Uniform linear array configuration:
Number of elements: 16
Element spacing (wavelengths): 1
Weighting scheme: cosine
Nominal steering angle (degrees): -15
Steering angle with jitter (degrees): -15.186
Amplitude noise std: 0.05
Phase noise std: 0.05

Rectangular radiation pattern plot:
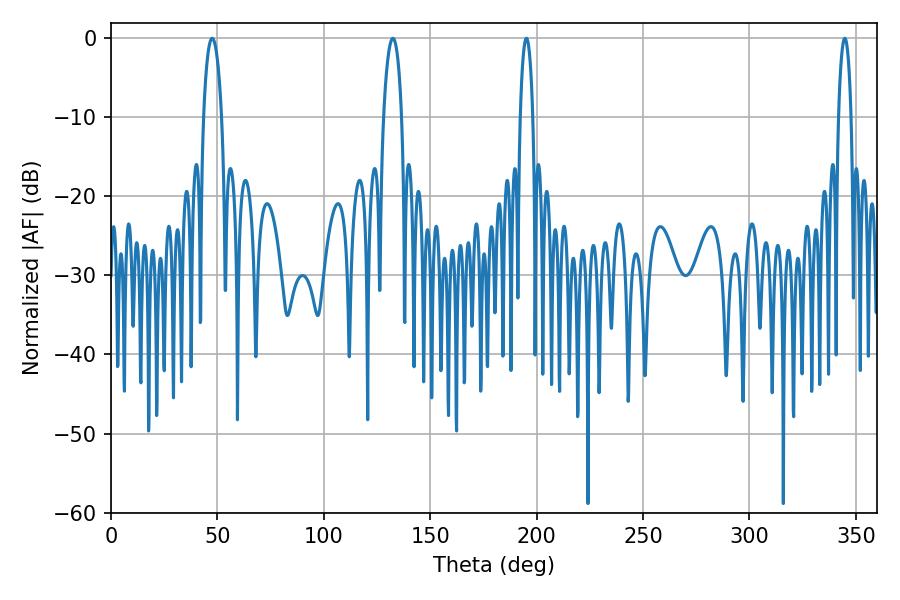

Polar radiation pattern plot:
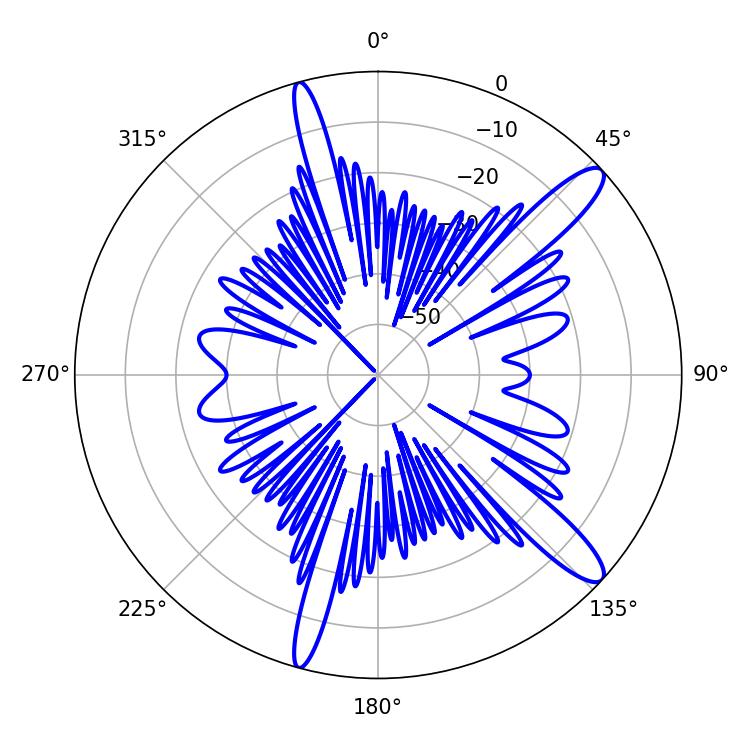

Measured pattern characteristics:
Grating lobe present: TRUE
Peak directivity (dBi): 12.873
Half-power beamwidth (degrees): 4.86
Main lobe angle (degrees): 47.52